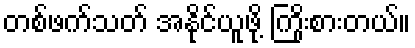
တစ်ဖက်သတ် အနိုင်ယူဖို့ ကြိုးစားတယ်။